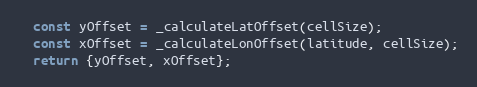
Language: JavaScript
  const yOffset = _calculateLatOffset(cellSize);
  const xOffset = _calculateLonOffset(latitude, cellSize);
  return {yOffset, xOffset};